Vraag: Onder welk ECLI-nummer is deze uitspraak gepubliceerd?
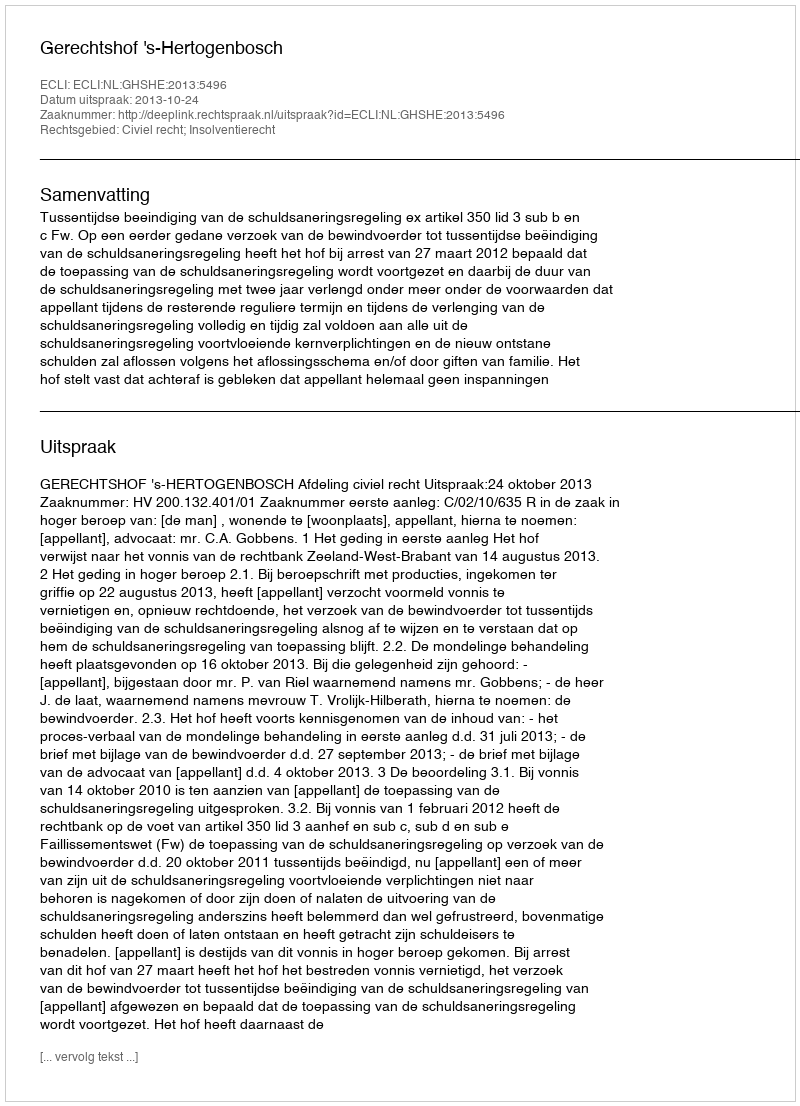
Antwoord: ECLI:NL:GHSHE:2013:5496